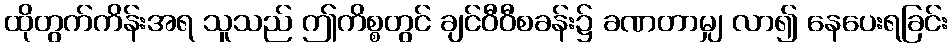
ထိုတွက်ကိန်းအရ သူသည် ဤကိစ္စတွင် ချင်ဝီဝီစခန်း၌ ခဏတာမျှ လာ၍ နေပေးရခြင်း